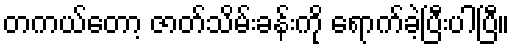
တကယ်တော့ ဇာတ်သိမ်းခန်းကို ရောက်ခဲ့ပြီးပါပြီ။